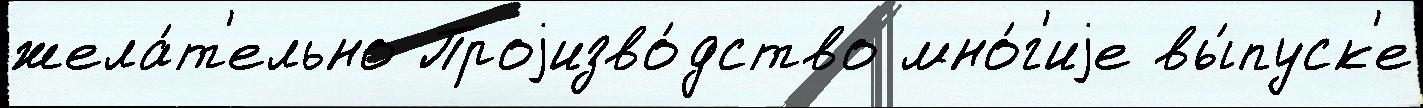
жела́т'ельно Проjизво́дство мно́г'иjе вы́пуск'е